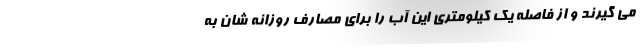
می گیرند و از فاصله یک کیلومتری این آب را برای مصارف روزانه شان به